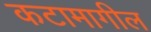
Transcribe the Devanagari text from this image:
कटामागील